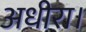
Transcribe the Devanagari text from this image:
अधीरा।